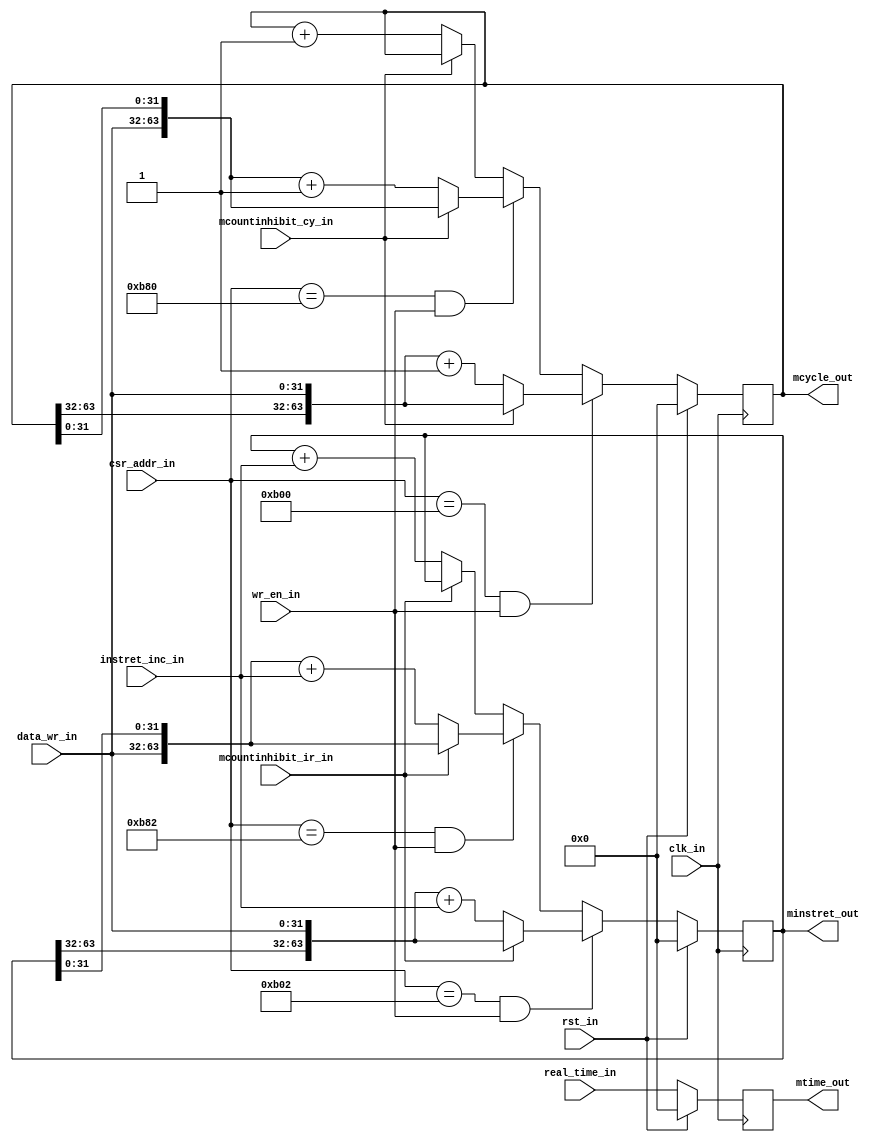
`timescale 1ns / 1ps


module machine_counter( input clk_in,rst_in,wr_en_in,mcountinhibit_cy_in,mcountinhibit_ir_in,instret_inc_in,
			input      [11:0] csr_addr_in,
			input  	   [31:0] data_wr_in, 
  			input 	   [63:0] real_time_in, 
			output reg [63:0] mcycle_out,minstret_out,mtime_out
);

   parameter MCYCLE_RESET   =     32'h00000000;
   parameter TIME_RESET     =     32'h00000000;
   parameter MINSTRET_RESET =     32'h00000000;
   parameter MCYCLEH_RESET  =     32'h00000000;
   parameter TIMEH_RESET    =     32'h00000000;
   parameter MINSTRETH_RESET=     32'h00000000;
   parameter MCYCLE         =     12'hB00;
   parameter MCYCLEH        =     12'hB80;
   parameter MINSTRET       =     12'hB02;
   parameter MINSTRETH      =     12'hB82;

   always @(posedge clk_in)
   begin
      if(rst_in)
      begin
         mcycle_out <= {MCYCLEH_RESET, MCYCLE_RESET};
         minstret_out <= {MINSTRETH_RESET, MINSTRET_RESET};
         mtime_out <= {TIMEH_RESET, TIME_RESET};
      end
      else
      begin
         mtime_out <= real_time_in;

         if(csr_addr_in == MCYCLE && wr_en_in)
         begin
            if(mcountinhibit_cy_in == 1'b0) 
	       mcycle_out <= {mcycle_out[63:32], data_wr_in} + 1;
            else
	       mcycle_out <= {mcycle_out[63:32], data_wr_in};
         end
         else if(csr_addr_in == MCYCLEH && wr_en_in)
         begin
            if(mcountinhibit_cy_in == 1'b0) 
	       mcycle_out <= {data_wr_in, mcycle_out[31:0]} + 1;
            else 
	       mcycle_out <= {data_wr_in, mcycle_out[31:0]};
         end
         else
         begin
            if(mcountinhibit_cy_in == 1'b0) 
	       mcycle_out <= mcycle_out + 1;
            else 
	       mcycle_out <= mcycle_out;
         end
         if(csr_addr_in == MINSTRET && wr_en_in)
         begin
            if(mcountinhibit_ir_in == 1'b0) 
	       minstret_out <= {minstret_out[63:32], data_wr_in} + instret_inc_in;
            else 
	       minstret_out <= {minstret_out[63:32], data_wr_in};
         end
         else if(csr_addr_in == MINSTRETH && wr_en_in)
         begin
            if(mcountinhibit_ir_in == 1'b0) 
	       minstret_out <= {data_wr_in, minstret_out[31:0]} + instret_inc_in;
            else 
	       minstret_out <= {data_wr_in, minstret_out[31:0]};
         end
         else
         begin
            if(mcountinhibit_ir_in == 1'b0) 
	       minstret_out <= minstret_out + instret_inc_in;
            else 
	       minstret_out <= minstret_out;
         end

      end
   end
endmodule